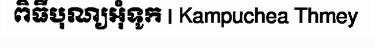
ពិធីបុណ្យអុំទូក | Kampuchea Thmey